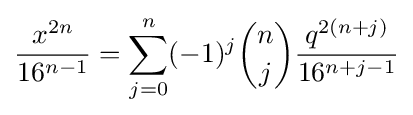
{\frac {x^{2n}}{16^{n-1}}}=\sum _{j=0}^{n}(-1)^{j}{n \choose j}{\frac {q^{2(n+j)}}{16^{n+j-1}}}